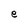
Character: e